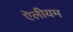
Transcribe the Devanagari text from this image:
ऐलीयम